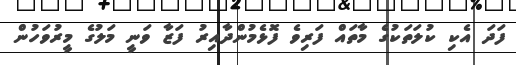
ފަދަ އެކި ކުލަތަކުގެ މާތައް ފަރިވެ ފޮޅެމުންދާއިރު ފަޒާ ވަނީ މަލުގެ މީރުވަހުން